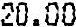
20.00